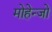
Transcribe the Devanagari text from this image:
मोहेन्जो